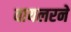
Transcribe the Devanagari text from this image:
वायलरने